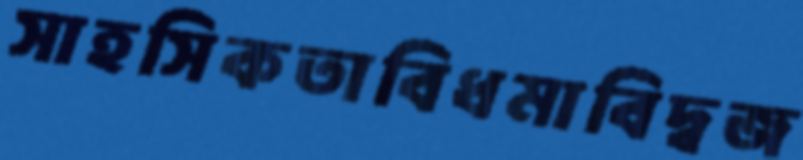
সাহসিকতাবিধমাবিদ্বজ